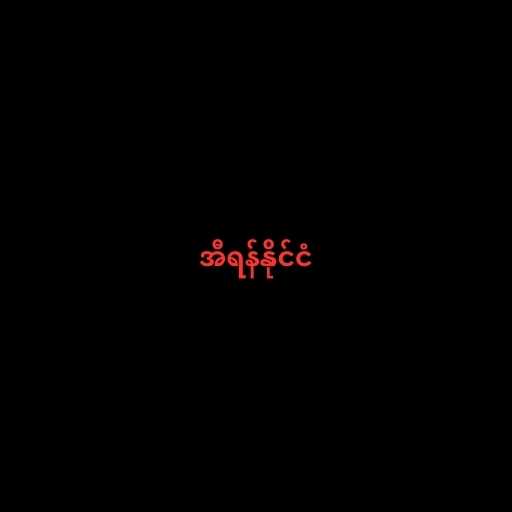
အီရန်နိုင်ငံ